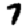
Digit: 7